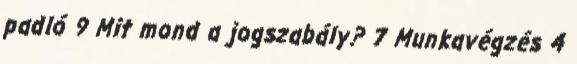
padló 9 Mit mond a jogszabály? 7 Munkavégzés 4